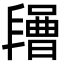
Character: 𣍔